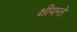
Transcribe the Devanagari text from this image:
क्षीयन्ते